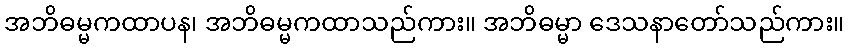
အဘိဓမ္မကထာပန၊ အဘိဓမ္မကထာသည်ကား။ အဘိဓမ္မာ ဒေသနာတော်သည်ကား။